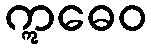
ဣဓေဝ